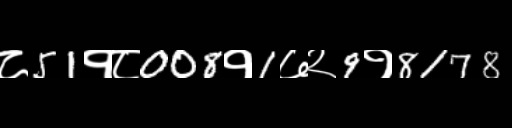
Text: ८51१८008१1७२9१8178